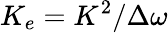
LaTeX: K_{e}=K^{2}/\Delta\omega